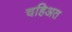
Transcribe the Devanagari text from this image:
चहिअत